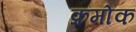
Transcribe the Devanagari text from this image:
क्रमा॓क